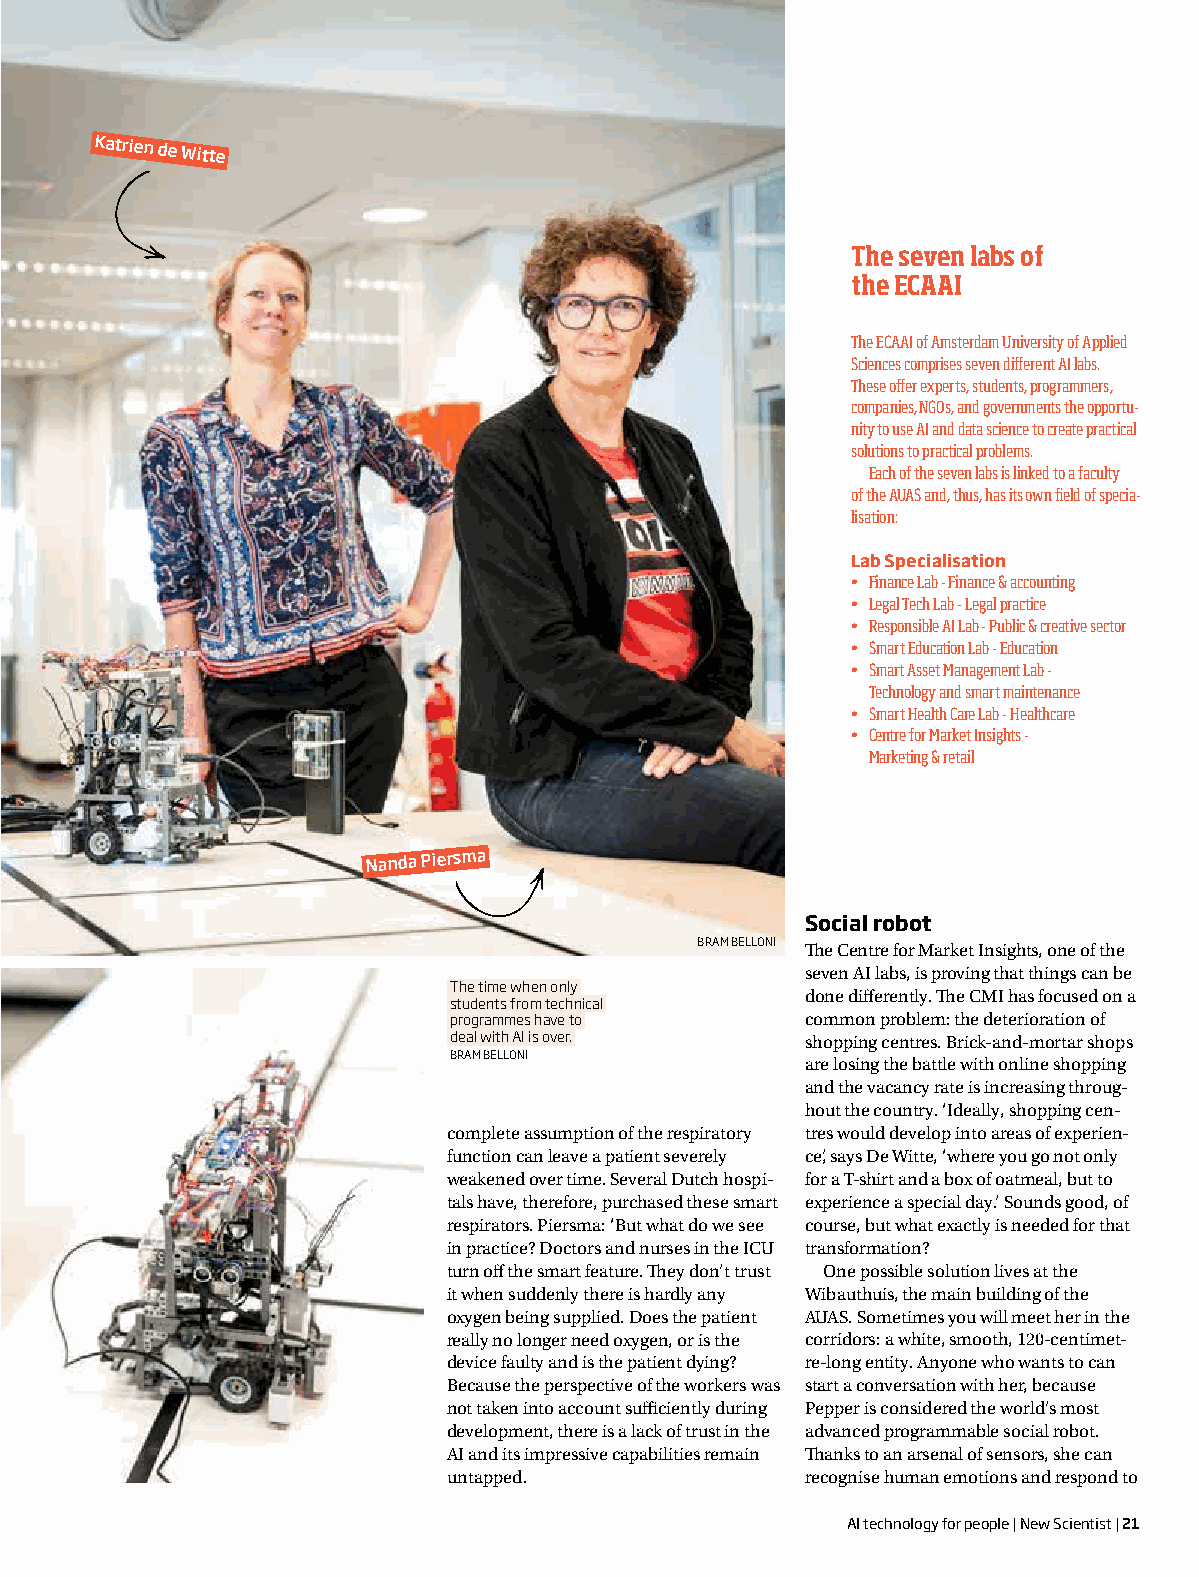
Katrien
 de Witte
 The seven labs of
 the ECAAI
 The ECAAI of Amsterdam University of Applied
 Sciences comprises seven different AI labs.
 These offer experts, students, programmers,
 companies, NGOs, and governments the opportu-
 nity to use AI and data science to create practical
 solutions to practical problems.
 Each of the seven labs is linked to a faculty
 of the AUAS and, thus, has its own field of specia-
 lisation:
 Lab Specialisation
 • Finance Lab - Finance & accounting
 • Legal Tech Lab - Legal practice
 • Responsible AI Lab - Public & creative sector
 • Smart Education Lab - Education
 • Smart Asset Management Lab -
 Technology and smart maintenance
 • Smart Health Care Lab - Healthcare
 • Centre for Market Insights -
 Marketing & retail
 Nanda Piersma
 Social robot
 BRAM BELLONI The Centre for Market Insights, one of the
 seven AI labs, is proving that things can be
 The time when only
 done differently. The CMI has focused on a
 students from technical
 programmes have to     common problem: the deterioration of
 deal with AI is over.  shopping centres. Brick-and-mortar shops
 BRAM BELLONI
 are losing the battle with online shopping
 and the vacancy rate is increasing throug-
 hout the country. ‘Ideally, shopping cen-
 complete assumption of the respiratory tres would develop into areas of experien-
 function can leave a patient severely ce’, says De Witte, ‘where you go not only
 weakened over time. Several Dutch hospi- for a T-shirt and a box of oatmeal, but to
 tals have, therefore, purchased these smart experience a special day.’ Sounds good, of
 respirators. Piersma: ‘But what do we see course, but what exactly is needed for that
 in practice? Doctors and nurses in the ICU transformation?
 turn off the smart feature. They don’t trust One possible solution lives at the
 it when suddenly there is hardly any Wibauthuis, the main building of the
 oxygen being supplied. Does the patient AUAS. Sometimes you will meet her in the
 really no longer need oxygen, or is the corridors: a white, smooth, 120-centimet-
 device faulty and is the patient dying? re-long entity. Anyone who wants to can
 Because the perspective of the workers was start a conversation with her, because
 not taken into account sufficiently during Pepper is considered the world’s most
 development, there is a lack of trust in the advanced programmable social robot.
 AI and its impressive capabilities remain Thanks to an arsenal of sensors, she can
 untapped.              recognise human emotions and respond to
 AI technology for people | New Scientist | 21